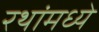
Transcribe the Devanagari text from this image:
रथांमध्ये